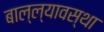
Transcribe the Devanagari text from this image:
बाल्ल्यावस्था